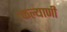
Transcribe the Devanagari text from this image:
।कल्याणी